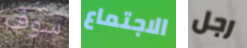
سوف الاجتماع رجل